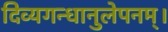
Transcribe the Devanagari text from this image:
दिव्यगन्धानुलेपनम्‌।